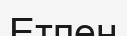
Етпен